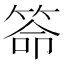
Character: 𥮡